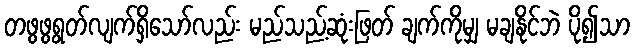
တဖွဖွရွတ်လျက်ရှိသော်လည်း မည်သည့်ဆုံးဖြတ် ချက်ကိုမျှ မချနိုင်ဘဲ ပို၍သာ